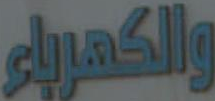
والكهرباء